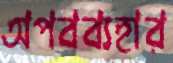
অপবব্যহার